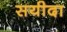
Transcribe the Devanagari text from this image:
सयीदा